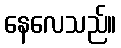
နေလေသည်။